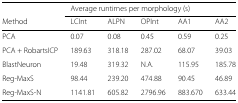
<table><thead><tr><td></td><td colspan="5"><b>Average runtimes per morphology (s)</b></td></tr><tr><td><b>Method</b></td><td><b>LCInt</b></td><td><b>ALPN</b></td><td><b>OPInt</b></td><td><b>AA1</b></td><td><b>AA2</b></td></tr></thead><tbody><tr><td>PCA</td><td>0.07</td><td>0.08</td><td>0.45</td><td>0.59</td><td>0.25</td></tr><tr><td>PCA + RobartsICP</td><td>189.63</td><td>318.18</td><td>287.02</td><td>68.07</td><td>39.03</td></tr><tr><td>BlastNeuron</td><td>19.48</td><td>319.32</td><td>N.A.</td><td>115.95</td><td>185.78</td></tr><tr><td>Reg-MaxS</td><td>98.44</td><td>239.20</td><td>474.88</td><td>90.45</td><td>46.89</td></tr><tr><td>Reg-MaxS-N</td><td>1141.81</td><td>605.82</td><td>2796.96</td><td>883.670</td><td>633.44</td></tr></tbody></table>